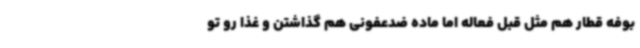
بوفه قطار هم مثل قبل فعاله اما ماده ضدعفونی هم گذاشتن و غذا رو تو